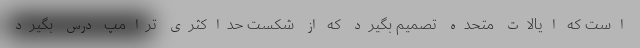
است که ایالات متحده تصمیم بگیرد که از شکست حداکثری ترامپ درس بگیرد